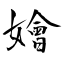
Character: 嬒